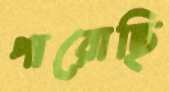
পারোছি